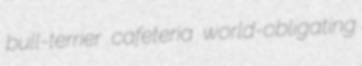
bull-terrier cafeteria world-obligating